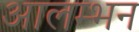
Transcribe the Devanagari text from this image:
आलम्भन